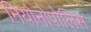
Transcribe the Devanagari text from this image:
नियोनोपोलिस